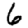
Digit: 6